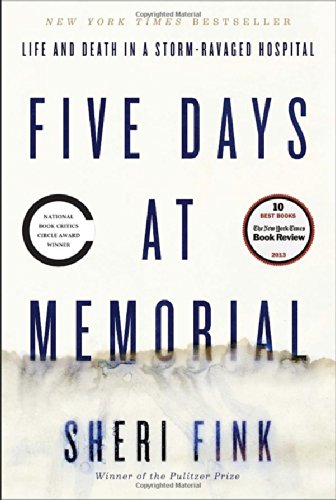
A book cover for Five Days at Memorial: Life and Death in a Storm-Ravaged Hospital (Ala Notable Books for Adults); Sheri Fink; Medical Books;